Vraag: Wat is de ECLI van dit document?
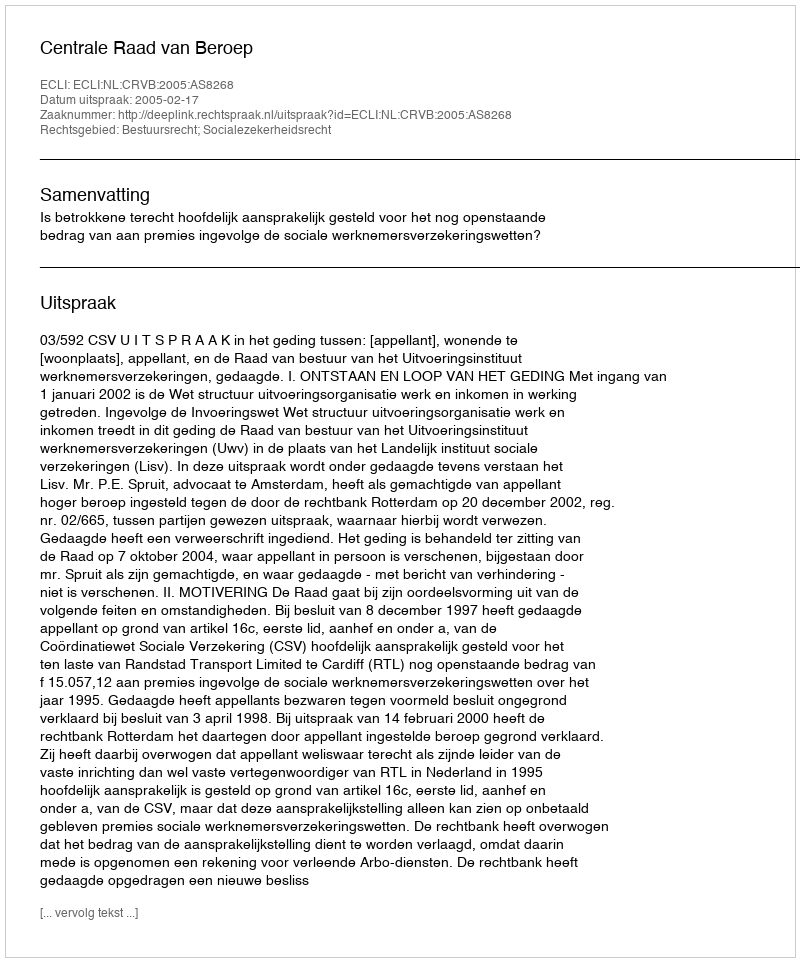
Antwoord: ECLI:NL:CRVB:2005:AS8268